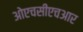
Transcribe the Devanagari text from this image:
ओएचसीएचआर